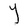
Character: Y